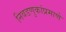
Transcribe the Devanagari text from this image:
निवडणुकांप्रमाणे